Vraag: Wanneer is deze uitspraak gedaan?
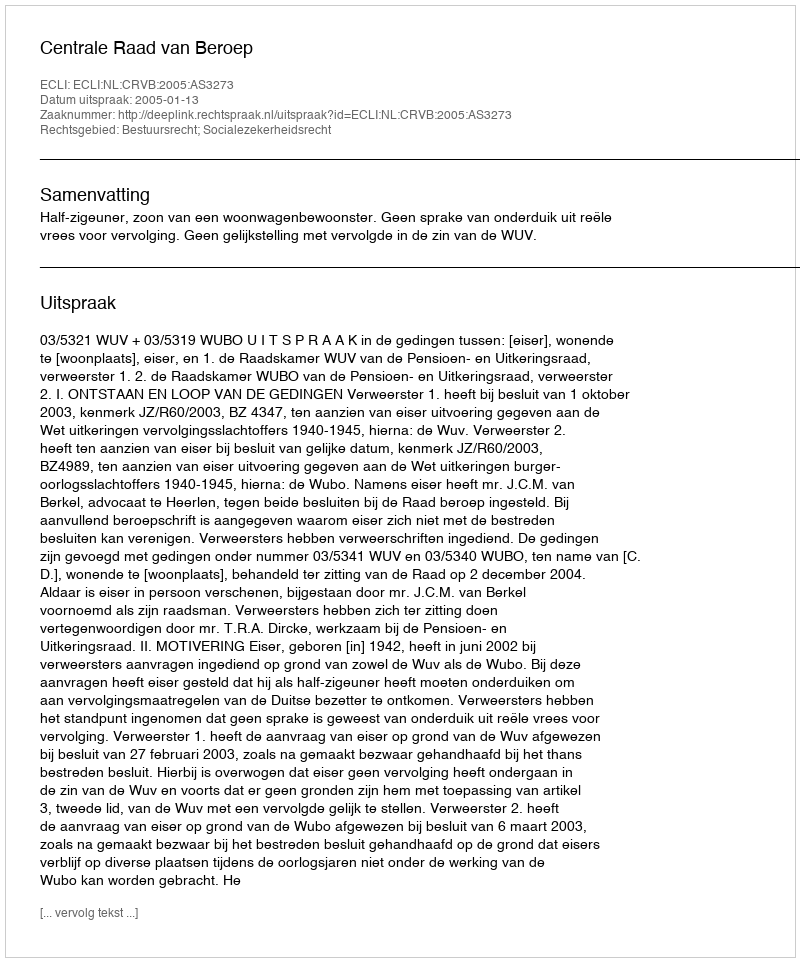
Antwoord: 2005-01-13